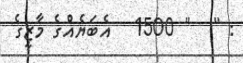
: "   " 1500   އެބަޔެއްގެ މާޒީގެ